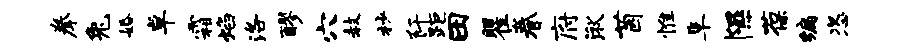
拳兔婚卓霜焰洛醪穴赦杪阡距田瞿眷府湫茵惟阜隰葆编恣